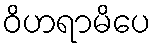
ဝိဟရာမိပေ